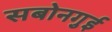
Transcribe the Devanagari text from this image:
सबोनगुई